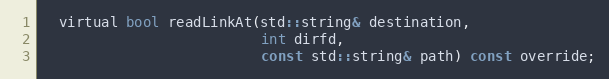
Language: C
  virtual bool readLinkAt(std::string& destination,
                          int dirfd,
                          const std::string& path) const override;